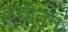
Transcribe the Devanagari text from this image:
उद्योतन